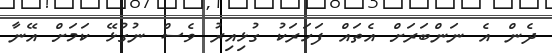
ދެން އެ ނަންބަރަށް އެތައް ފަހަރަކު ގުޅިއިރު ވެސް ނުގުޅޭ ކަމަށް އޭނާ